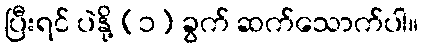
ပြီးရင် ပဲနို့ (၁) ခွက် ဆက်သောက်ပါ။